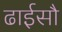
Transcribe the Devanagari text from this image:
ढाईसौ